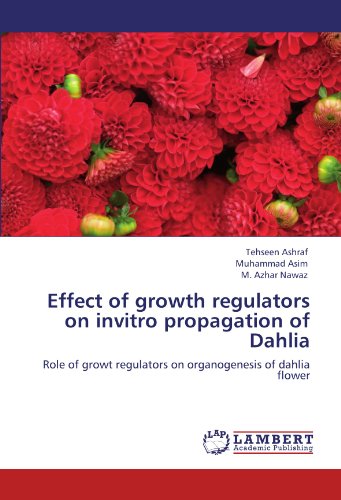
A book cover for Effect of growth regulators on invitro propagation of Dahlia: Role of growt regulators on organogenesis of dahlia flower; Tehseen Ashraf; Teen & Young Adult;